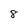
Character: 8